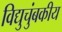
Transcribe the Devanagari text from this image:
विद्युचुंबकीय